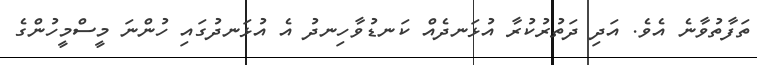
ތަފާތުވާނެ އެވެ. އަދި ދަތުރުކުރާ އުޅަނދެއް ކަނޑުވާހިނދު އެ އުޅަނދުގައި ހުންނަ މީސްމީހުންގެ